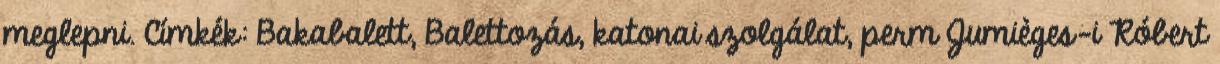
meglepni. Címkék: Bakabalett, Balettozás, katonai szolgálat, perm Jumièges-i Róbert